Report on the lunatic asylums under the Government of Bombay - 1904-1913
Year: 1904
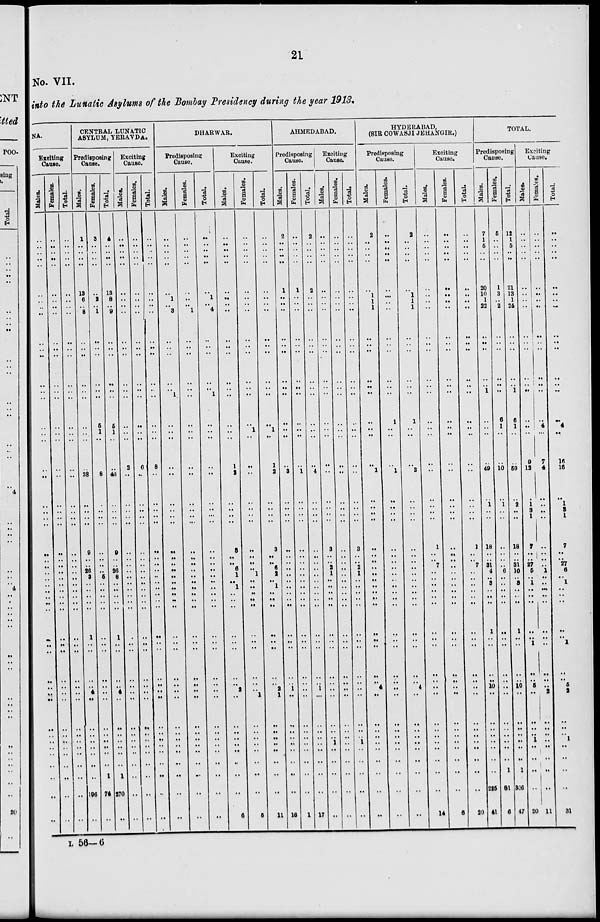
21
No. VII.
into the Lunatic Asylums of the Bombay Presidency during the year 1913.
NA.
Exciting
Cause.
Males.
..
..
..
..
..
..
..
..
..
..
..
..
..
..
..
..
..
..
..
..
..
..
..
..
..
..
..
..
..
..
..
..
..
..
..
..
..
..
..
..
..
..
.. ..
..
..
..
..
..
..
Females.
..
..
..
..
..
..
..
..
..
..
..
..
..
..
..
..
..
..
..
..
..
..
..
..
..
..
..
..
..
..
..
..
..
..
..
..
..
..
..
..
..
..
.. ..
..
..
..
..
..
..
Total.
..
..
..
..
..
..
..
..
..
..
..
..
..
..
..
..
..
..
..
..
..
..
..
..
..
..
..
..
..
..
..
..
..
..
..
..
..
..
..
..
..
..
.. ..
..
..
..
..
..
..
CENTRAL LUNATIC
ASYLUM, YERAVDA.
Predisposing
Cause.
Males.
1
..
..
..
..
13
6
..
8
..
..
..
..
..
..
..
..
..
..
38
..
..
..
..
9
..
..
26
3
..
..
..
..
..
1
..
..
..
..
4
..
..
.. ..
..
..
..
..
106
..
Females.
3
..
..
..
..
..
2
..
1
..
..
..
..
..
..
6
1
..
..
8
..
..
..
..
..
..
..
..
5
..
..
..
..
..
..
..
..
..
..
..
..
..
.. ..
..
..
..
1
74
..
Total.
4
..
..
..
..
13
8
..
9
..
..
..
..
..
..
6
1
..
..
46
..
..
..
..
9
..
..
26
8
..
..
..
..
..
1
..
..
..
..
4
..
..
.. ..
..
..
..
1
270
..
Exciting
Cause.
Males.
..
..
..
..
..
..
..
..
..
..
..
..
..
..
..
..
..
..
2
..
..
..
..
..
..
..
..
..
..
..
..
..
..
..
..
..
..
..
..
..
..
..
.. ..
..
..
..
..
..
..
Females.
..
..
..
..
..
..
..
..
..
..
..
..
..
..
..
..
..
..
6
..
..
..
..
..
..
..
..
..
..
..
..
..
..
..
..
..
..
..
..
..
..
..
.. ..
..
..
..
..
..
..
Total.
..
..
..
..
..
..
..
..
..
..
..
..
..
..
..
..
..
..
8
..
..
..
..
..
..
..
..
..
..
..
..
..
..
..
..
..
..
..
..
..
..
..
..
..
..
..
..
..
..
..
DHARWAR.
Predisposing
Cause.
Males.
..
..
..
..
..
..
1
..
3
..
..
..
..
.. 1
..
..
..
..
..
..
..
..
..
..
..
..
..
..
..
..
..
..
..
..
..
..
..
..
..
..
..
.. ..
..
..
..
..
..
..
Females.
..
..
..
..
..
..
..
..
1
..
..
..
..
.. ..
..
..
..
..
..
..
..
..
..
..
..
..
..
..
..
..
..
..
..
..
..
..
..
..
..
..
..
.. ..
..
..
..
..
..
..
Total.
..
..
..
..
..
..
1
..
4
..
..
..
..
.. 1
..
..
..
..
..
..
..
..
..
..
..
..
..
..
..
..
..
..
..
..
..
..
..
..
..
..
..
.. ..
..
..
..
..
..
..
Exciting
Cause.
Males.
..
..
..
..
..
..
..
..
..
..
..
..
..
..
..
..
..
..
1
2
..
..
..
..
3
..
.. 6
1
..
1
..
..
..
..
..
..
..
..
2
..
..
.. ..
..
..
..
..
..
6
Females.
..
..
..
..
..
..
..
..
..
..
..
..
..
..
..
..
1
..
..
..
..
..
..
..
..
..
..
..
1
..
..
..
..
..
..
..
..
..
..
..
1
..
.. ..
..
..
..
..
..
5
Total.
..
..
..
..
..
..
..
..
..
..
..
..
..
..
..
..
1
..
1
2
..
..
..
..
3
..
.. 6
2
.. 1
..
..
..
..
..
..
..
..
2
1
..
.. ..
..
..
..
..
..
11
AHMEDABAD.
Predisposing
Cause.
Males.
2
..
..
..
..
1
..
..
..
..
..
..
..
..
..
..
..
..
..
3
..
..
..
..
..
..
..
..
..
..
..
..
..
..
..
..
..
..
..
1
..
..
.. ..
..
..
..
..
..
16
Females.
..
..
..
..
..
1
..
..
..
..
..
..
..
..
..
..
..
..
..
1
..
..
..
..
..
..
..
..
..
..
..
..
..
..
..
..
..
..
..
..
..
..
.. ..
..
..
..
..
..
1
Total.
2
..
..
..
..
2
..
..
..
..
..
..
..
..
..
..
..
..
..
4
..
..
..
..
..
..
..
..
..
..
..
..
..
..
..
..
..
..
..
1
..
..
.. ..
..
..
..
..
..
17
Exciting
Cause.
Males.
..
..
..
..
..
..
..
..
..
..
..
..
..
..
..
..
..
..
..
..
..
..
..
..
3
..
..
2
1
..
..
..
..
..
..
..
..
..
..
..
..
..
.. ..
1
..
..
..
..
..
Females.
..
..
..
..
..
..
..
..
..
..
..
..
..
..
..
..
..
..
..
..
..
..
..
..
..
..
..
..
..
..
..
..
..
..
..
..
..
..
..
..
..
..
.. ..
..
..
..
..
..
..
Total.
..
..
..
..
..
..
..
..
..
..
..
..
..
..
..
..
..
..
..
..
..
..
..
..
3
..
..
2
1
..
..
..
..
..
..
..
..
..
..
..
..
..
..
.. 1
..
..
..
..
..
HYDERABAD,
(SIR COWASJI JEHANGIR.)
Predisposing
Cause.
Males.
2
..
..
..
..
..
1
1
1
..
..
..
..
..
..
..
..
..
..
1
..
..
..
..
..
..
..
..
..
..
..
..
..
..
..
..
..
..
..
4
..
..
.. ..
..
..
..
..
..
..
Females.
..
..
..
..
..
..
..
..
..
..
..
..
..
..
..
1
..
..
..
1
..
..
..
..
..
..
..
..
..
..
..
..
..
..
..
..
..
..
..
..
..
..
.. ..
..
..
..
..
..
..
Total.
2
..
..
..
..
..
1
1
1
..
..
..
..
..
..
1
..
..
..
2
..
..
..
..
..
..
..
..
..
..
..
..
..
..
..
..
..
..
..
4
..
..
.. ..
..
..
..
..
..
..
Exciting
Cause.
Males.
..
..
..
..
..
..
..
..
..
..
..
..
..
..
..
..
..
..
..
..
..
..
..
..
1
..
..
7
..
..
..
..
..
..
..
..
..
..
..
..
..
..
.. ..
..
..
..
..
..
14
Females.
..
..
..
..
..
..
..
..
..
..
..
..
..
..
..
..
..
..
..
..
..
..
..
..
..
..
..
..
..
..
..
..
..
..
..
..
..
..
..
..
..
..
.. ..
..
..
..
..
..
6
Total.
..
..
..
..
..
..
..
..
..
..
..
..
..
..
..
..
..
..
..
..
..
..
..
..
1
..
.. 7
..
..
..
..
..
..
..
..
..
..
..
..
..
..
.. ..
..
..
..
..
..
20
TOTAL.
Predisposing
Cause.
Males.
7
1
5
..
..
20
10
1
22
..
..
..
..
.. 1
..
..
..
..
49
..
1
..
..
18
..
..
31
4
..
3
..
..
..
1
..
..
..
..
10
..
..
.. ..
..
..
..
..
225
41
Females.
5
..
..
..
..
1
3
..
2
..
..
..
..
.. ..
6
1
..
..
10
..
1
..
..
..
..
..
..
6
..
..
..
..
..
..
..
..
..
..
..
..
..
.. ..
..
..
..
1
81
6
Total.
12
1
5
..
..
21
13
1
24
..
..
..
..
.. 1
6
1
..
..
59
..
2
..
..
18
..
..
31
10
..
3
..
..
..
1
..
..
..
..
10
..
..
.. ..
..
..
..
1
306
47
Exciting
Cause.
Males.
..
..
..
..
..
..
..
..
..
..
..
..
..
.. ..
..
..
..
9
12
..
1
3
1
1
..
..
27
5
..
1
..
..
..
..
..
1
..
..
6
..
..
.. ..
1
..
..
..
..
20
Females.
..
..
..
..
..
..
..
..
..
..
..
..
..
..
..
..
4
..
7
4
..
..
..
..
..
..
..
..
1
..
..
..
..
..
..
..
..
..
..
..
2
..
.. ..
..
..
..
1
..
11
Total.
..
..
..
..
..
..
..
..
..
..
..
..
..
.. ..
..
4
..
16
16
..
1
3
1
7
..
..
27
6
..
1
..
..
..
..
..
1
..
..
6
2
..
.. ..
1
..
..
..
..
31
L 56-6